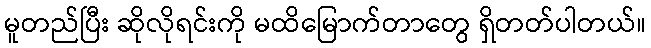
မူတည်ပြီး ဆိုလိုရင်းကို မထိမြောက်တာတွေ ရှိတတ်ပါတယ်။